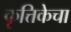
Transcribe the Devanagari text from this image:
कृत्तिकेचा